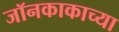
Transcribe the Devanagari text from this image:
जॉनकाकाच्या